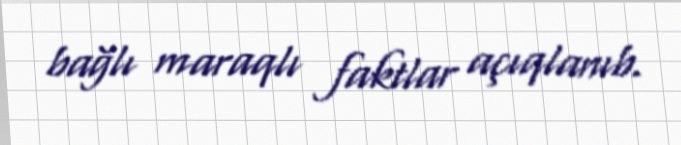
bağlı maraqlı faktlar açıqlanıb.